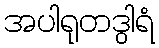
အပါရုတဒွါရံ